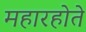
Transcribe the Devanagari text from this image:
महारहोते